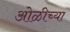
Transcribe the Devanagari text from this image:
ओळीच्या